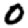
Digit: 0